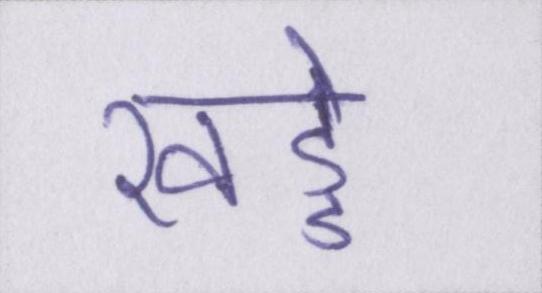
खड्डे